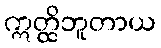
ဣတ္ထိဘူတာယ